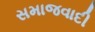
સમાજવાદી